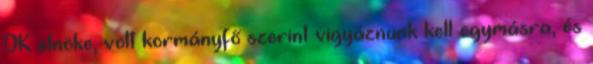
DK elnöke, volt kormányfő szerint vigyáznunk kell egymásra, és